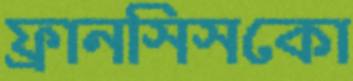
ফ্রানসিসকো